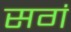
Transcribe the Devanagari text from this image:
सगं